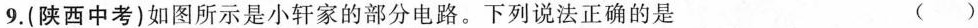
9.(陕西中考)如图所示是小轩家的部分电路。下列说法正确的是 ( )